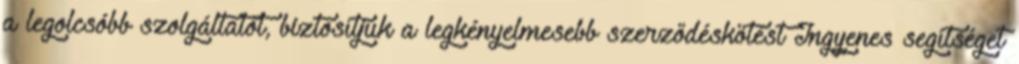
a legolcsóbb szolgáltatót, biztosítjuk a legkényelmesebb szerződéskötést Ingyenes segítséget